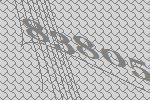
83805